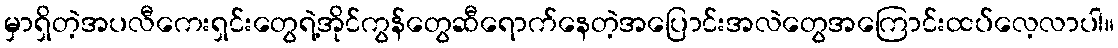
မှာရှိတဲ့အပလီကေးရှင်းတွေရဲ့အိုင်ကွန်တွေဆီရောက်နေတဲ့အပြောင်းအလဲတွေအကြောင်းထပ်လေ့လာပါ။